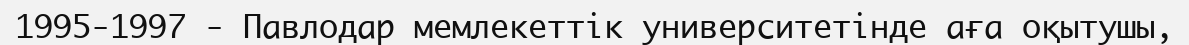
1995-1997 - Павлодар мемлекеттік университетінде аға оқытушы,